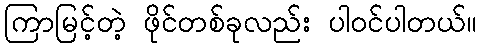
ကြာမြင့်တဲ့ ဖိုင်တစ်ခုလည်း ပါဝင်ပါတယ်။